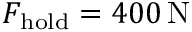
F _ { \mathrm { h o l d } } = 4 0 0 \, \mathrm { N }